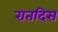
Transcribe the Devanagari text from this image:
रातदिस